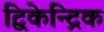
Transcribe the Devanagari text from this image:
द्विकेन्द्रिक